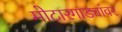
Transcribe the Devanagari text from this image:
मोटारगाड्यांवर